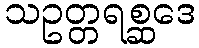
သဥတ္တရစ္ဆဒေ